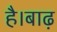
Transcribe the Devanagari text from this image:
है।बाढ़